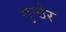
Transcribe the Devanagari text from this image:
गुन्ठेर